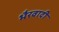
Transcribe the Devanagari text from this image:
भैरवादी